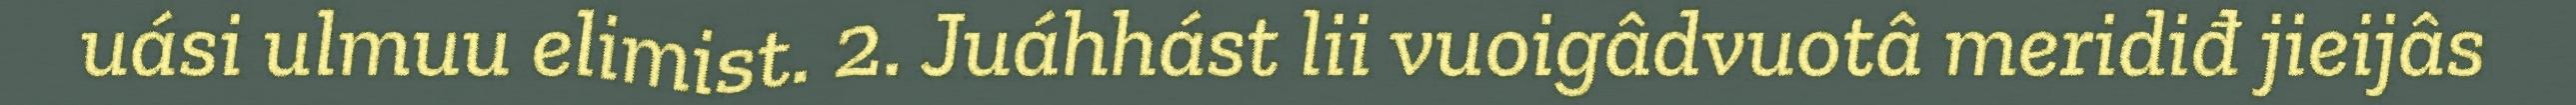
uási ulmuu elimist. 2. Juáhhást lii vuoigâdvuotâ meridiđ jieijâs